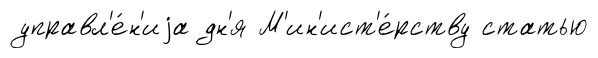
управл'е́н'иjа дн'я М'ин'ист'е́рству статью